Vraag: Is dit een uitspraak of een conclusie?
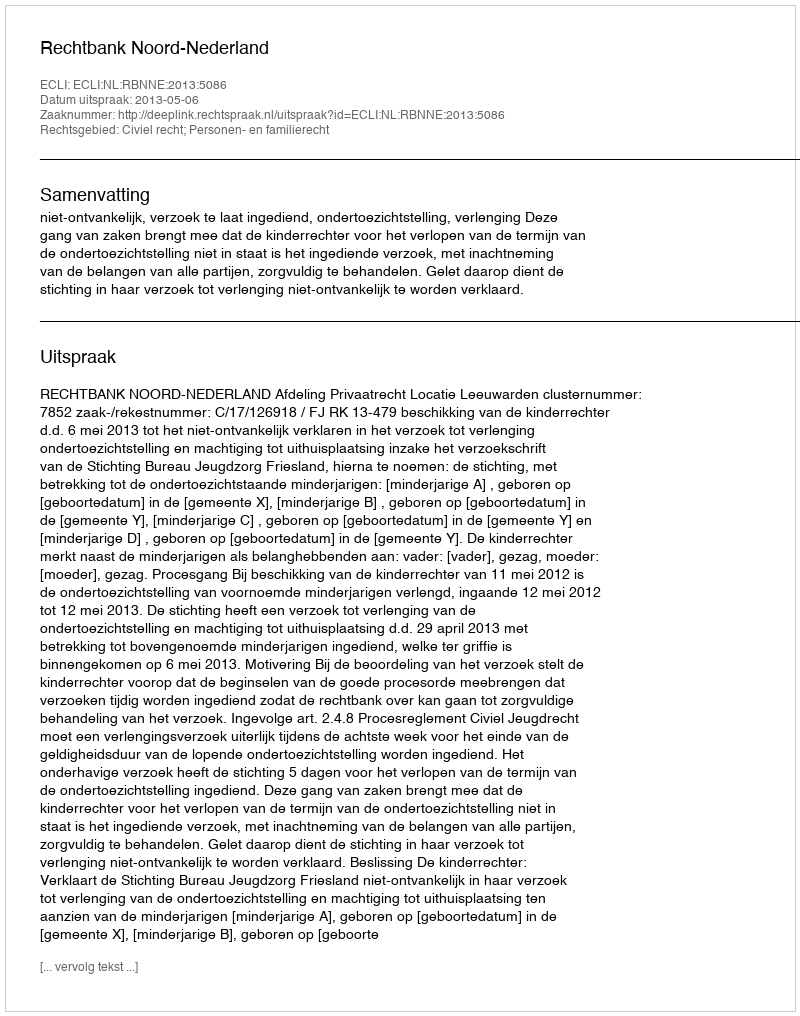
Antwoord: Uitspraak